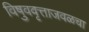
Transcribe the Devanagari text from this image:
विषुववृत्ताजवळचा